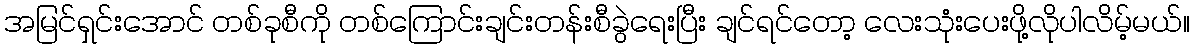
အမြင်ရှင်းအောင် တစ်ခုစီကို တစ်ကြောင်းချင်းတန်းစီခွဲရေးပြီး ချင်ရင်တော့ လေးသုံးပေးဖို့လိုပါလိမ့်မယ်။